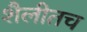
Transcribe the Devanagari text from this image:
शैलीतच